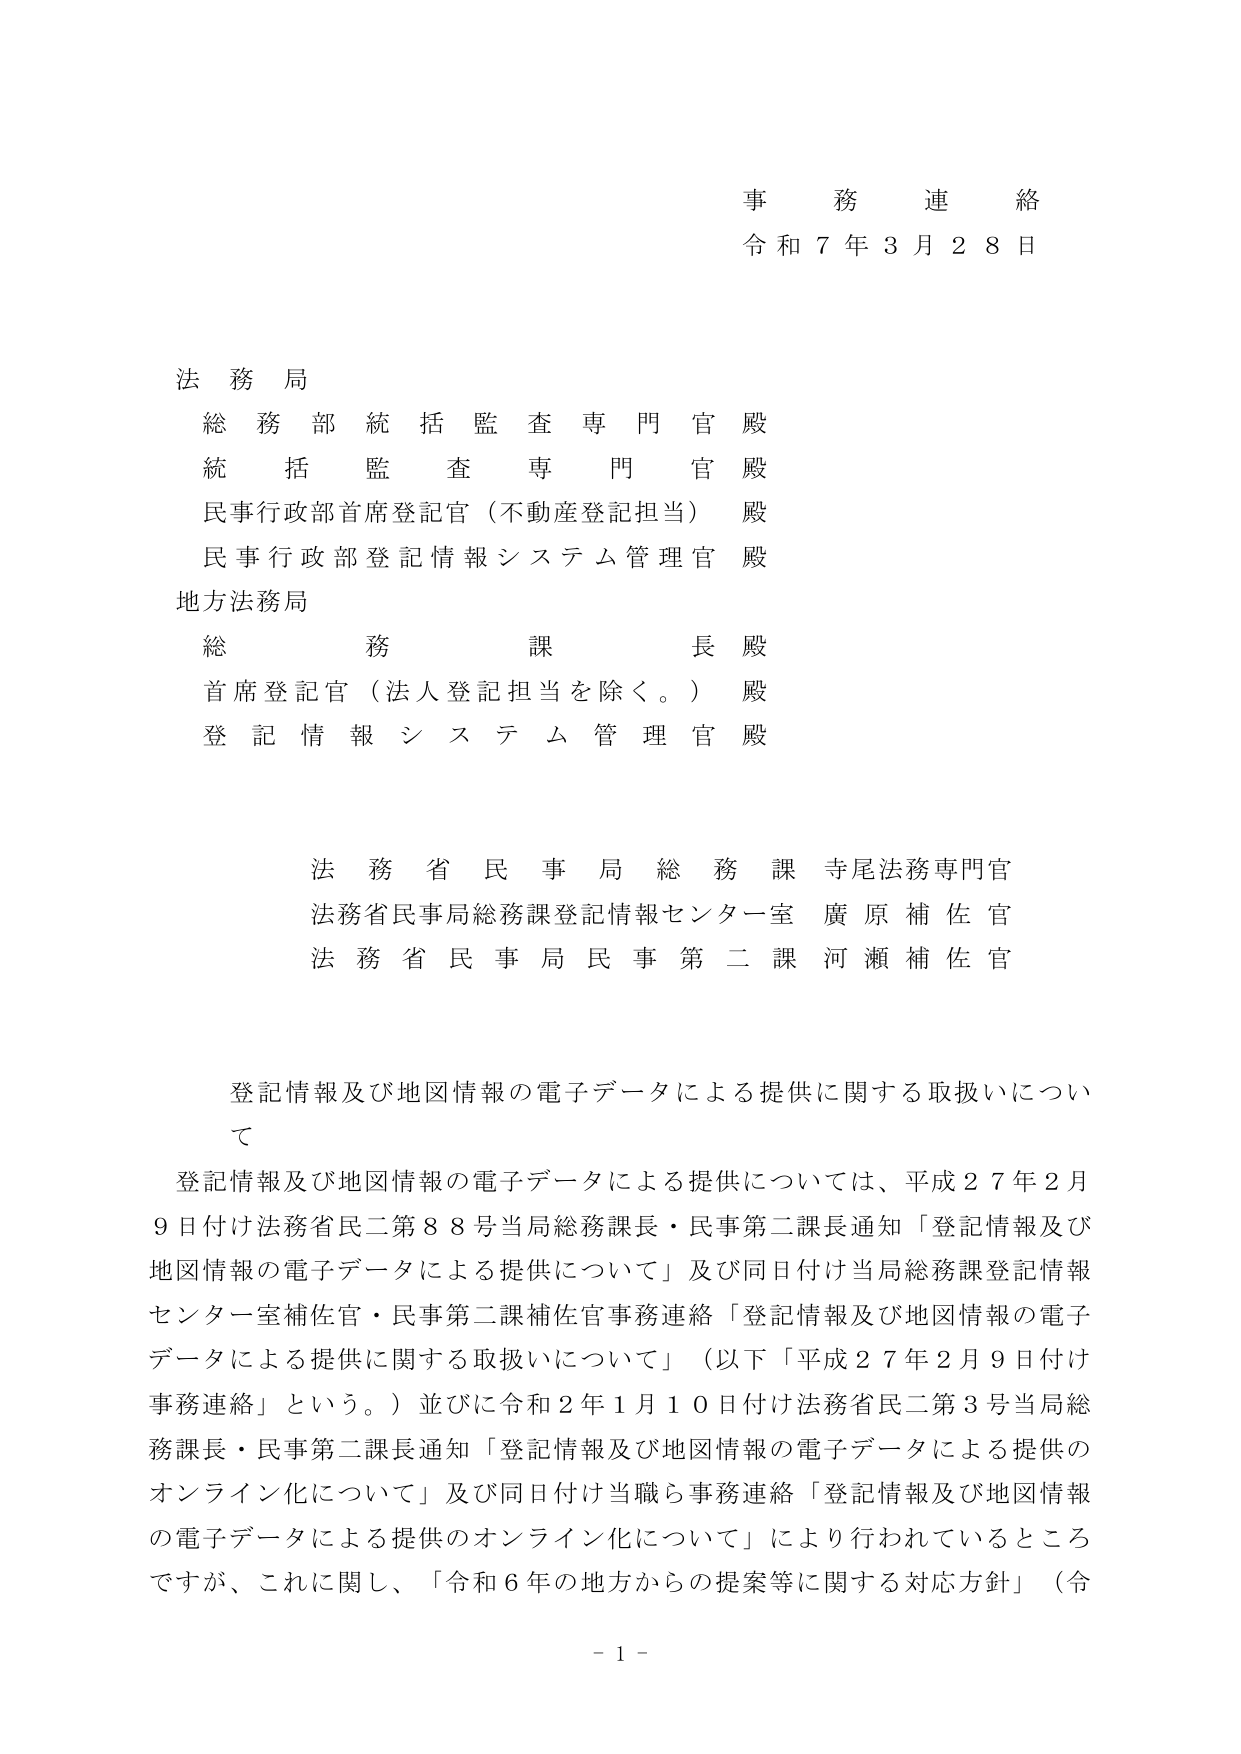
事務連絡
令和７年３月２８日

法務局
総務部統括監査専門官 殿
統括監査専門官 殿
民事行政部首席登記官（不動産登記担当） 殿
民事行政部登記情報システム管理官 殿
地方法務局
総務課長 殿
首席登記官（法人登記担当を除く。） 殿
登記情報システム管理官 殿

法務省民事局総務課 寺尾法務専門官
法務省民事局総務課登記情報センター室 廣原補佐官
法務省民事局民事第二課 河瀬補佐官

登記情報及び地図情報の電子データによる提供に関する取扱いについて

登記情報及び地図情報の電子データによる提供については、平成２７年２月９日付け法務省民二第８８号当局総務課長・民事第二課長通知「登記情報及び地図情報の電子データによる提供について」及び同日付け当局総務課登記情報センター室補佐官・民事第二課補佐官事務連絡「登記情報及び地図情報の電子データによる提供に関する取扱いについて」（以下「平成２７年２月９日付け事務連絡」という。）並びに令和２年１月１０日付け法務省民二第３号当局総務課長・民事第二課長通知「登記情報及び地図情報の電子データによる提供のオンライン化について」及び同日付け当職ら事務連絡「登記情報及び地図情報の電子データによる提供のオンライン化について」により行われているところですが、これに関し、「令和６年の地方からの提案等に関する対応方針」（令

- 1 -